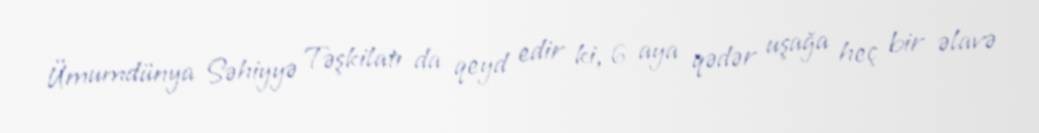
Ümumdünya Səhiyyə Təşkilatı da qeyd edir ki, 6 aya qədər uşağa heç bir əlavə